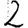
Digit: 2